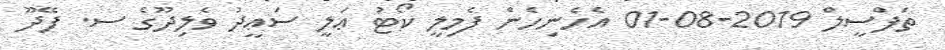
ތަފްސީލް 2019-08-01 އެހެނިހެން ފެމިލީ ކޯޓު ޢަލީ ސަޢީދު ވެލިދޫގެ ސ. ފޭދޫ